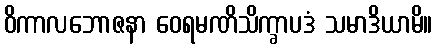
ဝိကာလဘောဇနာ ဝေရမဏိသိက္ခာပဒံ သမာဒိယာမိ။